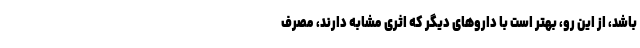
باشد، از این رو، بهتر است با داروهای دیگر که اثری مشابه دارند، مصرف